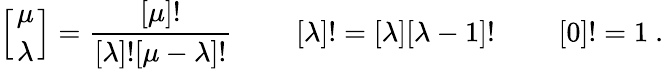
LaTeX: \left[{\mu\atop\lambda}\right]={\frac{[\mu]!}{[\lambda]![\mu-\lambda]!}}\ \qquad[\lambda]!=[\lambda][\lambda-1]!\ \qquad[0]!=1\ .